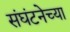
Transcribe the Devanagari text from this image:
संघंटनेच्या